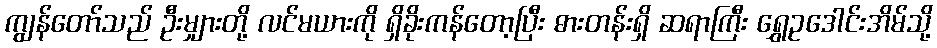
ကျွန်တော်သည် ဦးမျှားတို့ လင်မယားကို ရှိခိုးကန်တော့ပြီး ဓားတန်းရှိ ဆရာကြီး ရွှေဥဒေါင်းအိမ်သို့